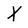
Character: X